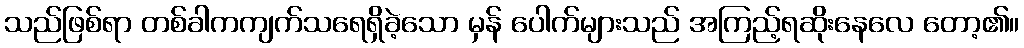
သည်ဖြစ်ရာ တစ်ခါကကျက်သရေရှိခဲ့သော မှန် ပေါက်များသည် အကြည့်ရဆိုးနေလေ တော့၏။